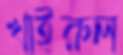
খাইরুল